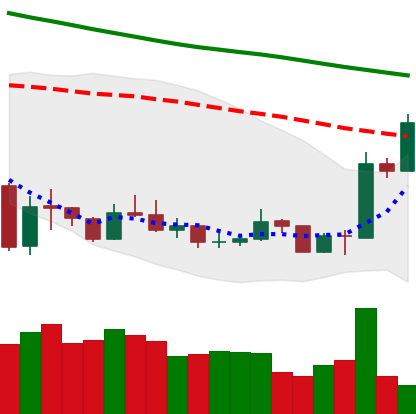
Ticker: XMR-USD
Chart end date: 2020-01-05
Forward return: 8.276%
Label: up_7plus